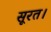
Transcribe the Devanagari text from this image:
सूरत।